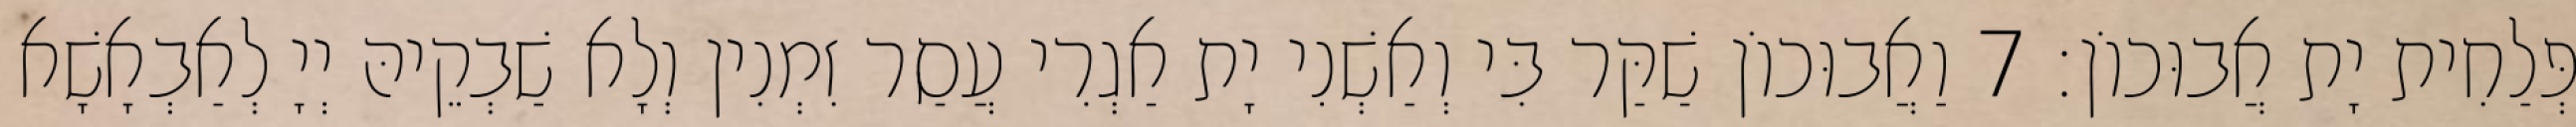
פְּלַחִית יָת אֲבוּכוֹן׃ 7 וַאֲבוּכוֹן שַׁקַּר בִּי וְאַשְׁנִי יָת אַגְרִי עֲסַר זִמְנִין וְלָא שַׁבְקֵיהּ יְיָ לְאַבְאָשָׁא